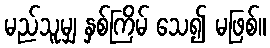
မည်သူမျှ နှစ်ကြိမ် သေ၍ မဖြစ်။